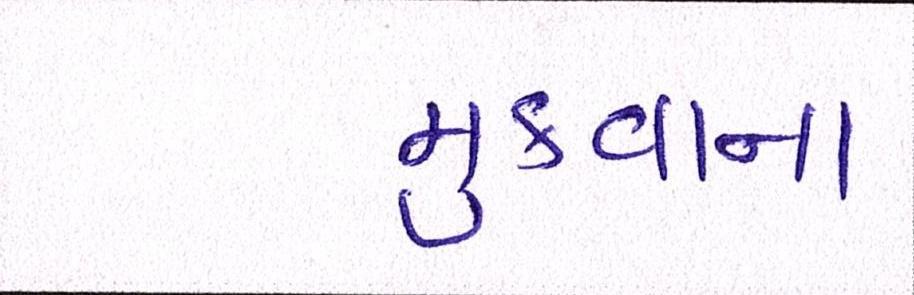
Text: મુકવાના